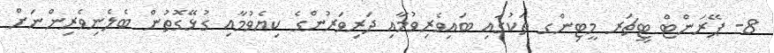
8- ޕޭރަންޓް ޓީޗަރ މީޓިންގ ތަކުގައި ބައިވެރިވުމާއި ދަރިވަރުންގެ ކިޔެވުމާއި ގުޅޭގޮތުން ބެލެނިވެރިންނަށް